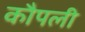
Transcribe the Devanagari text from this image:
कौपली